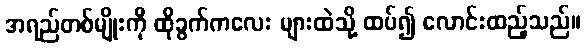
အရည်တစ်မျိုးကို ထိုခွက်ကလေး များထဲသို့ ထပ်၍ လောင်းထည့်သည်။